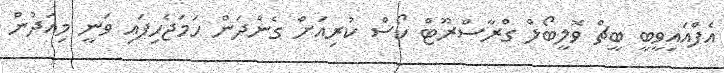
އެފްއައިވީބީ ބީޗް ވޮލީބޯލް ގްރާސްރޫޓް ކޯސް ކުރިއަށް ގެންދަން ހަމަޖެހިފައި ވަނީ މިއަދުން